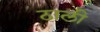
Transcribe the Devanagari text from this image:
ठाली